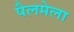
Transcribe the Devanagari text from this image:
पैलमेला